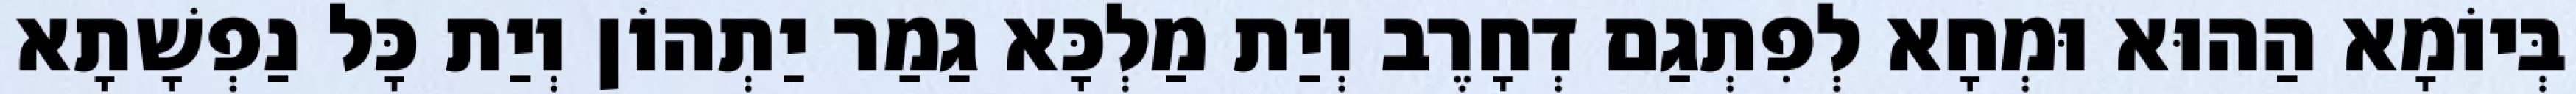
בְּיוֹמָא הַהוּא וּמְחָא לְפִתְגַם דְחָרֶב וְיַת מַלְכָּא גַמַר יַתְהוֹן וְיַת כָּל נַפְשָׁתָא